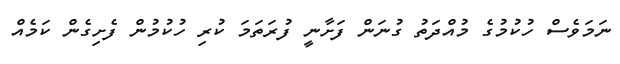
ނަމަވެސް ހުކުމުގެ މުއްދަތު ގުނަން ފަށާނީ ފުރަތަމަ ކުރި ހުކުމުން ފެށިގެން ކަމެއް